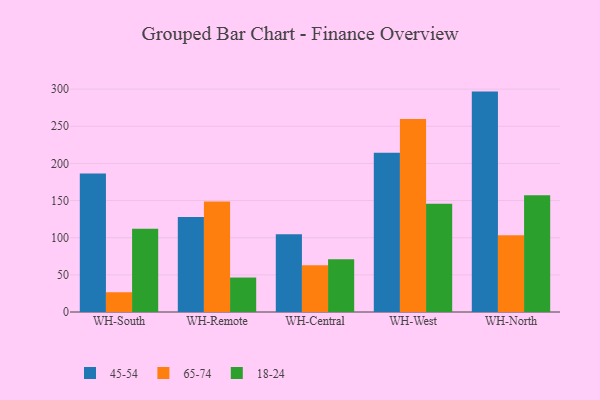
{"axis": {"x": "Warehouse", "y": "Net Income (USD K)"}, "legend": ["18-24", "45-54", "65-74"], "data": [{"x": "WH-South", "y": 186.3, "type": "45-54"}, {"x": "WH-South", "y": 26.6, "type": "65-74"}, {"x": "WH-South", "y": 112.0, "type": "18-24"}, {"x": "WH-Remote", "y": 127.8, "type": "45-54"}, {"x": "WH-Remote", "y": 148.7, "type": "65-74"}, {"x": "WH-Remote", "y": 46.4, "type": "18-24"}, {"x": "WH-Central", "y": 104.8, "type": "45-54"}, {"x": "WH-Central", "y": 63.1, "type": "65-74"}, {"x": "WH-Central", "y": 70.9, "type": "18-24"}, {"x": "WH-West", "y": 214.3, "type": "45-54"}, {"x": "WH-West", "y": 259.8, "type": "65-74"}, {"x": "WH-West", "y": 145.6, "type": "18-24"}, {"x": "WH-North", "y": 296.7, "type": "45-54"}, {"x": "WH-North", "y": 103.2, "type": "65-74"}, {"x": "WH-North", "y": 157.3, "type": "18-24"}]}